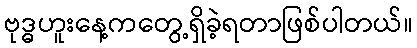
ဗုဒ္ဓဟူးနေ့ကတွေ့ရှိခဲ့ရတာဖြစ်ပါတယ်။